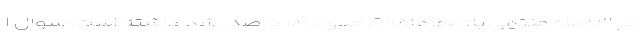
در ۲۳ ماه منتهی به مهرماه ۹۹، حدود ۱۸۱ درصد رشد داشته است. سوال ا